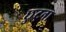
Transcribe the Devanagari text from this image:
छुटना